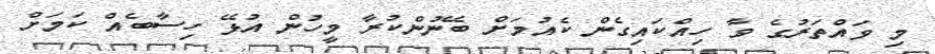
މި ވައްތަރުގެ ވާ ހިއްކައިގެން ކެއުމަށް ބޭނުންކުރާ މީހުން އުޅޭ ހިސާބެއް ކަމަށް